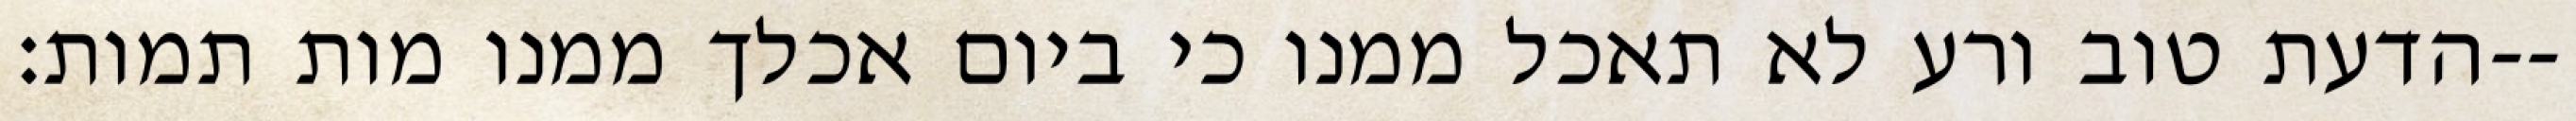
הדעת טוב ורע לא תאכל ממנו כי ביום אכלך ממנו מות תמות׃--